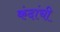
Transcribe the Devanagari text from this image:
कंदांची